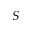
S